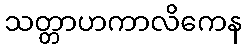
သတ္တာဟကာလိကေန